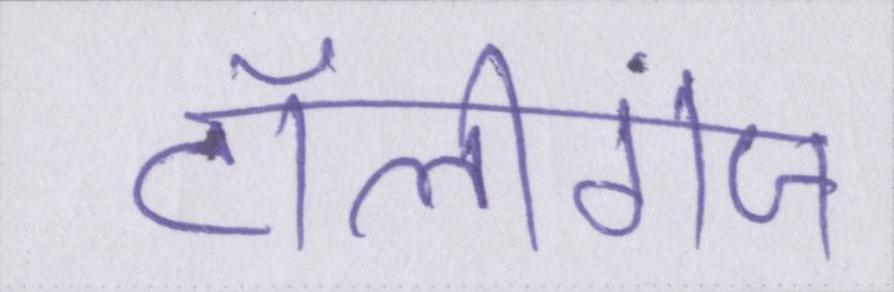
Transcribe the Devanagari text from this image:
टॉलीगंज